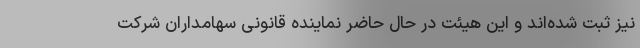
نیز ثبت شده‌اند و این هیئت در حال حاضر نماینده قانونی سهامداران شرکت